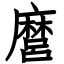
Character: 麿